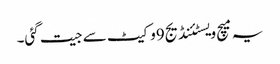
یہ میچ ویسٹئنڈیج9وکیٹ سے جیت گئی۔